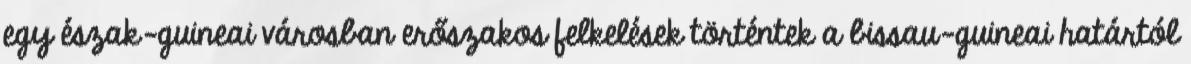
egy észak-guineai városban erőszakos felkelések történtek a bissau-guineai határtól